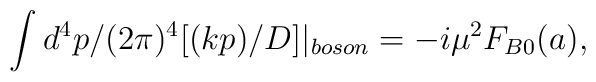
\int d^{4}p/(2\pi)^{4}[(kp)/D]|_{boson}=-i\mu^{2}F_{B0}(a),